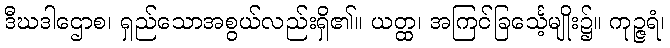
ဒီဃဒါဌောစ၊ ရှည်သောအစွယ်လည်းရှိ၏။ ယတ္ထ၊ အကြင်ခြင်္သေ့မျိုး၌။ ကုဉ္ဇရံ၊